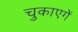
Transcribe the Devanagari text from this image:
चुकाएगें